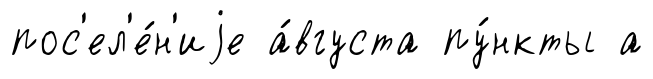
пос'ел'е́н'иjе а́вгуста пу́нкты а